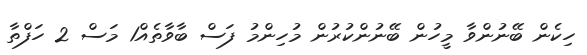
ހިކެން ބޭނުންވާ މީހުން ބޭނުންކުރުން މުހިންމު ފަސް ބާވާތެއް1 މަސް 2 ހަފްތާ